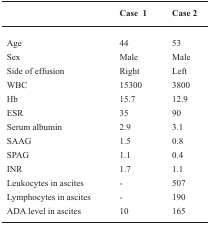
|  | Case 1 | Case 2 |
 | --- | --- | --- |
 | Age | 44 | 53 |
 | Sex | Male | Male |
 | Side of effusion | Right | Left |
 | WBC | 15300 | 3800 |
 | Hb | 15.7 | 12.9 |
 | ESR | 35 | 90 |
 | Serum albumin | 2.9 | 3.1 |
 | SAAG | 1.5 | 0.8 |
 | SPAG | 1.1 | 0.4 |
 | INR | 1.7 | 1.1 |
 | Leukocytes in ascites | - | 507 |
 | Lymphocytes in ascites | - | 190 |
 | ADA level in ascites | 10 | 165 |